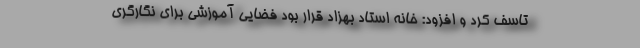
تاسف کرد و افزود: خانه استاد بهزاد قرار بود فضایی آموزشی برای نگارگری